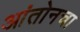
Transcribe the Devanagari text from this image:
आंतोनचा